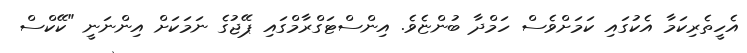
އެހީތެރިކަމާ އެކުގައި ކަމަށްވެސް ހަމްދާ ބުންޏެވެ. އިންސްޓަގްރާމްގައި ޕޭޖުގެ ނަމަކަށް އިންނަނީ "ކޭކްސް